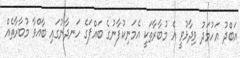
އަބްދު އަހުމަދު ވިދާޅުވީ އެ މުބާރާތަކީ އެމަނިކުފާނުގެ ބައްޕަގެ ހަނދާނުގައި ބާއްވާ މުބާރާތެއް